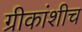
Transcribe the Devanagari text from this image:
ग्रीकांशीच